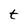
Character: t